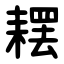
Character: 䎬